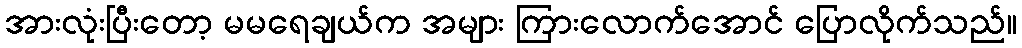
အားလုံးပြီးတော့ မမရေချယ်က အများ ကြားလောက်အောင် ပြောလိုက်သည်။